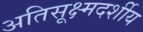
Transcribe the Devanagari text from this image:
अतिसूक्ष्मदर्शीय